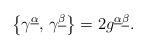
LaTeX: \begin{align*}\left\{ \gamma ^{\underline{\alpha }},\,\gamma ^{\underline{\beta }}\right\}=2g^{\underline{\alpha }\underline{\beta }}.\end{align*}